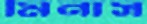
মিনাস